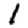
Digit: 1